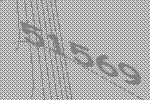
51569